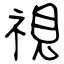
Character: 視